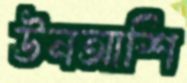
উনআশি